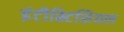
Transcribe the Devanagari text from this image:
इंटीस्र्टिशियल